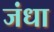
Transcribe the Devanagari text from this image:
जंधा